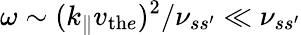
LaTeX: \omega\sim(k_{\parallel}v_{\mathrm{th}e})^{2}/\nu_{ss^{\prime}}\ll\nu_{ss^{\prime}}